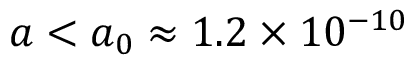
a < a _ { 0 } \approx 1 . 2 \times 1 0 ^ { - 1 0 }